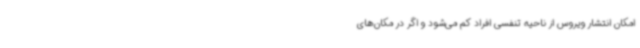
امکان انتشار ویروس از ناحیه تنفسی افراد کم می‌شود و اگر در مکان‌های